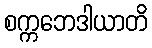
စက္ကဘေဒါယာတိ